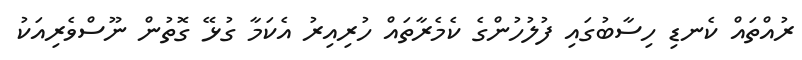
ރުއްތައް ކެނޑި ހިސާބުގައި ފުލުހުންގެ ކެމެރާތައް ހުރިއިރު އެކަމާ ގުޅޭ ގޮތުން ނޫސްވެރިއަކު